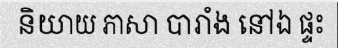
និយាយ ភាសា បារាំង នៅឯ ផ្ទះ